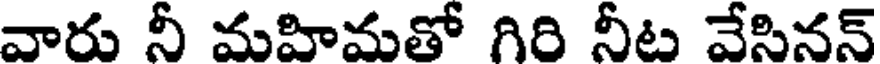
వారు నీ మహిమతో గిరి నీట వేసినన్